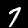
Label: 7